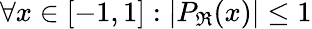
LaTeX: \forall x\in[-1,1]:|P_{\mathbb{\Re}}(x)|\leq 1